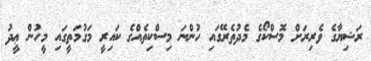
ރަޝިޔާގެ ވެރިރަށް މޮސްކޯގެ މެދުތެރޭގައި ހުންނަ މިސްކިތެއްގެ ކައިރީ މަގުމަތީގައި މީހުން ޢީދު